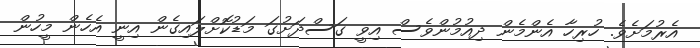
އެރުމަށެވެ. ހުރިހާ އެންމެން ދިއުމުންވެސް އިވީ ގަސްދަށުގަ މަޑުކޮށްލައިގެން އިނީ އެހެން މީހުން